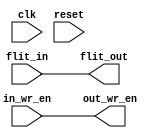
/**********************************************************************
	File: switch_out.v 
	
	Copyright (C) 2013  Alireza Monemi

    This program is free software: you can redistribute it and/or modify
    it under the terms of the GNU General Public License as published by
    the Free Software Foundation, either version 3 of the License, or
    (at your option) any later version.

    This program is distributed in the hope that it will be useful,
    but WITHOUT ANY WARRANTY; without even the implied warranty of
    MERCHANTABILITY or FITNESS FOR A PARTICULAR PURPOSE.  See the
    GNU General Public License for more details.

    You should have received a copy of the GNU General Public License
    along with this program.  If not, see <http://www.gnu.org/licenses/>.
	
	
	Purpose:
	The output switch. Just connects crossbar to the router output port.
	using wire or pipeline registers. note the  the credit counter and OVC 
	status are moved to OVC status module.
	
	Info: monemi@fkegraduate.utm.my
************************************************************************/

module sw_out#(
	parameter VC_NUM_PER_PORT			=	4,
	parameter PORT_NUM					=	5,
	parameter PYLD_WIDTH 				=	32,
	parameter FLIT_TYPE_WIDTH			=	2,
	parameter SW_OUTPUT_REGISTERED	=	0, // 1: registered , 0 not registered
	parameter PORT_SEL_WIDTH			=	PORT_NUM-1,//assum that no port whants to send a packet to itself!
	parameter VC_ID_WIDTH				=	VC_NUM_PER_PORT,
	parameter FLIT_WIDTH					=	PYLD_WIDTH+ FLIT_TYPE_WIDTH+VC_ID_WIDTH
	)
	(
	input in_wr_en,
	input [FLIT_WIDTH-1		:0]	flit_in,
	
	output reg out_wr_en,
	output reg [FLIT_WIDTH-1		:0]	flit_out,
	
	input clk,
	input reset
	);
	
	generate 
		if (SW_OUTPUT_REGISTERED) begin
			always @(posedge clk or posedge reset)begin
				if(reset)begin
					out_wr_en	<=1'b0;
					flit_out		<={FLIT_WIDTH{1'b0}};
				end else begin
					out_wr_en	<=	in_wr_en;
					flit_out		<=	flit_in;
				
				end
			end//always
		end else begin 
		
			always @(*)begin
				out_wr_en	=	in_wr_en;
				flit_out		=	flit_in;
			end//always
		
		end
	endgenerate
	endmodule